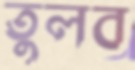
তুলব